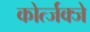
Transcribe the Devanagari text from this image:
कोर्त्जक्जे